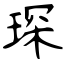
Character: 琛